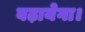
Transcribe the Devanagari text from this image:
बढ़ायेगा।